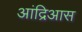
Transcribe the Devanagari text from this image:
आंद्रिआस